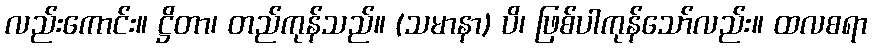
လည်းကောင်း။ ဋ္ဌိတာ၊ တည်ကုန်သည်။ (သမာနာ) ပိ၊ ဖြစ်ပါကုန်သော်လည်း။ ထလစရာ